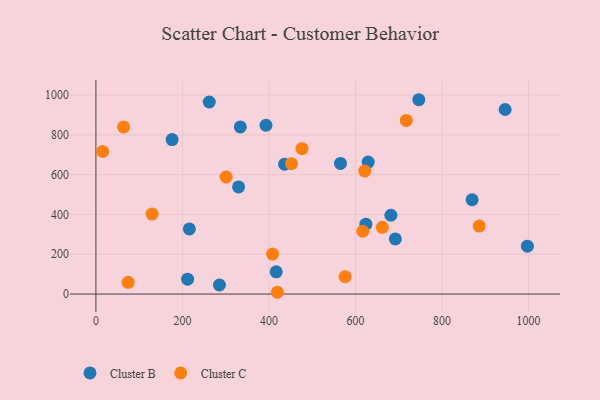
{"axis": {"x": "Ad Spend", "y": "Exam Score"}, "legend": ["Cluster B", "Cluster C"], "data": [{"x": "946.0", "y": 927.6, "type": "Cluster B"}, {"x": "262.0", "y": 965.2, "type": "Cluster B"}, {"x": "416.8", "y": 111.7, "type": "Cluster B"}, {"x": "869.6", "y": 474.0, "type": "Cluster B"}, {"x": "329.8", "y": 538.2, "type": "Cluster B"}, {"x": "624.1", "y": 351.2, "type": "Cluster B"}, {"x": "681.9", "y": 396.1, "type": "Cluster B"}, {"x": "746.4", "y": 976.7, "type": "Cluster B"}, {"x": "436.3", "y": 652.6, "type": "Cluster B"}, {"x": "333.8", "y": 840.1, "type": "Cluster B"}, {"x": "176.2", "y": 776.5, "type": "Cluster B"}, {"x": "565.3", "y": 656.4, "type": "Cluster B"}, {"x": "216.0", "y": 327.5, "type": "Cluster B"}, {"x": "285.5", "y": 45.5, "type": "Cluster B"}, {"x": "393.1", "y": 848.4, "type": "Cluster B"}, {"x": "997.4", "y": 240.5, "type": "Cluster B"}, {"x": "212.0", "y": 74.9, "type": "Cluster B"}, {"x": "629.4", "y": 663.4, "type": "Cluster B"}, {"x": "692.1", "y": 277.1, "type": "Cluster B"}, {"x": "621.5", "y": 617.9, "type": "Cluster C"}, {"x": "15.5", "y": 716.5, "type": "Cluster C"}, {"x": "452.1", "y": 655.5, "type": "Cluster C"}, {"x": "129.9", "y": 401.7, "type": "Cluster C"}, {"x": "419.3", "y": 8.9, "type": "Cluster C"}, {"x": "616.9", "y": 315.7, "type": "Cluster C"}, {"x": "717.4", "y": 872.6, "type": "Cluster C"}, {"x": "662.0", "y": 335.5, "type": "Cluster C"}, {"x": "301.0", "y": 588.4, "type": "Cluster C"}, {"x": "476.3", "y": 730.9, "type": "Cluster C"}, {"x": "408.3", "y": 200.9, "type": "Cluster C"}, {"x": "576.0", "y": 87.2, "type": "Cluster C"}, {"x": "64.0", "y": 840.2, "type": "Cluster C"}, {"x": "74.4", "y": 59.0, "type": "Cluster C"}, {"x": "886.2", "y": 341.6, "type": "Cluster C"}]}